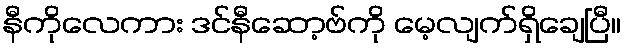
နီကိုလေကား ဒင်နီဆော့ဗ်ကို မေ့လျက်ရှိချေပြီ။